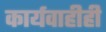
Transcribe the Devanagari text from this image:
कार्यवाहीही